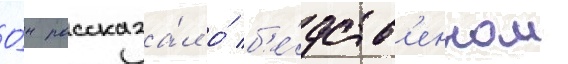
О́н рассказа́л о́ б'е́дств'енном